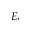
E _ { i }